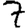
Digit: 7